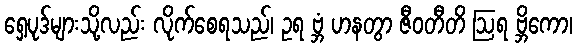
ရှေ့ပုဒ်များသို့လည်း လိုက်စေရသည်၊ ဥရ ဗ္ဘံ ဟနတွာ ဇီဝတီတိ ဩရ ဗ္ဘိကော၊